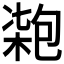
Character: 𠣺